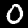
Digit: 0